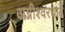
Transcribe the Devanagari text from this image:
अग्नीश्वरघाट